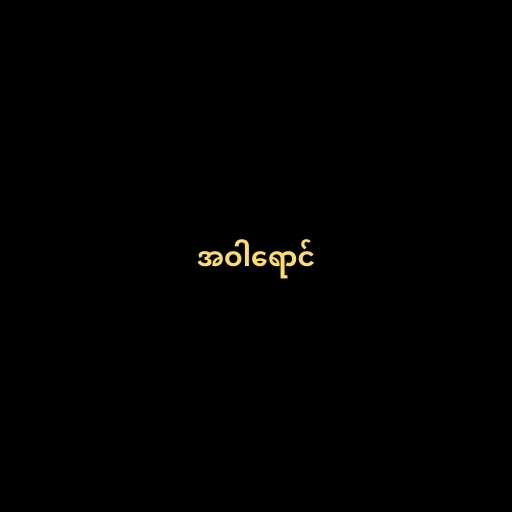
အဝါရောင်